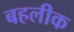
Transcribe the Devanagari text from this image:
बहलीक